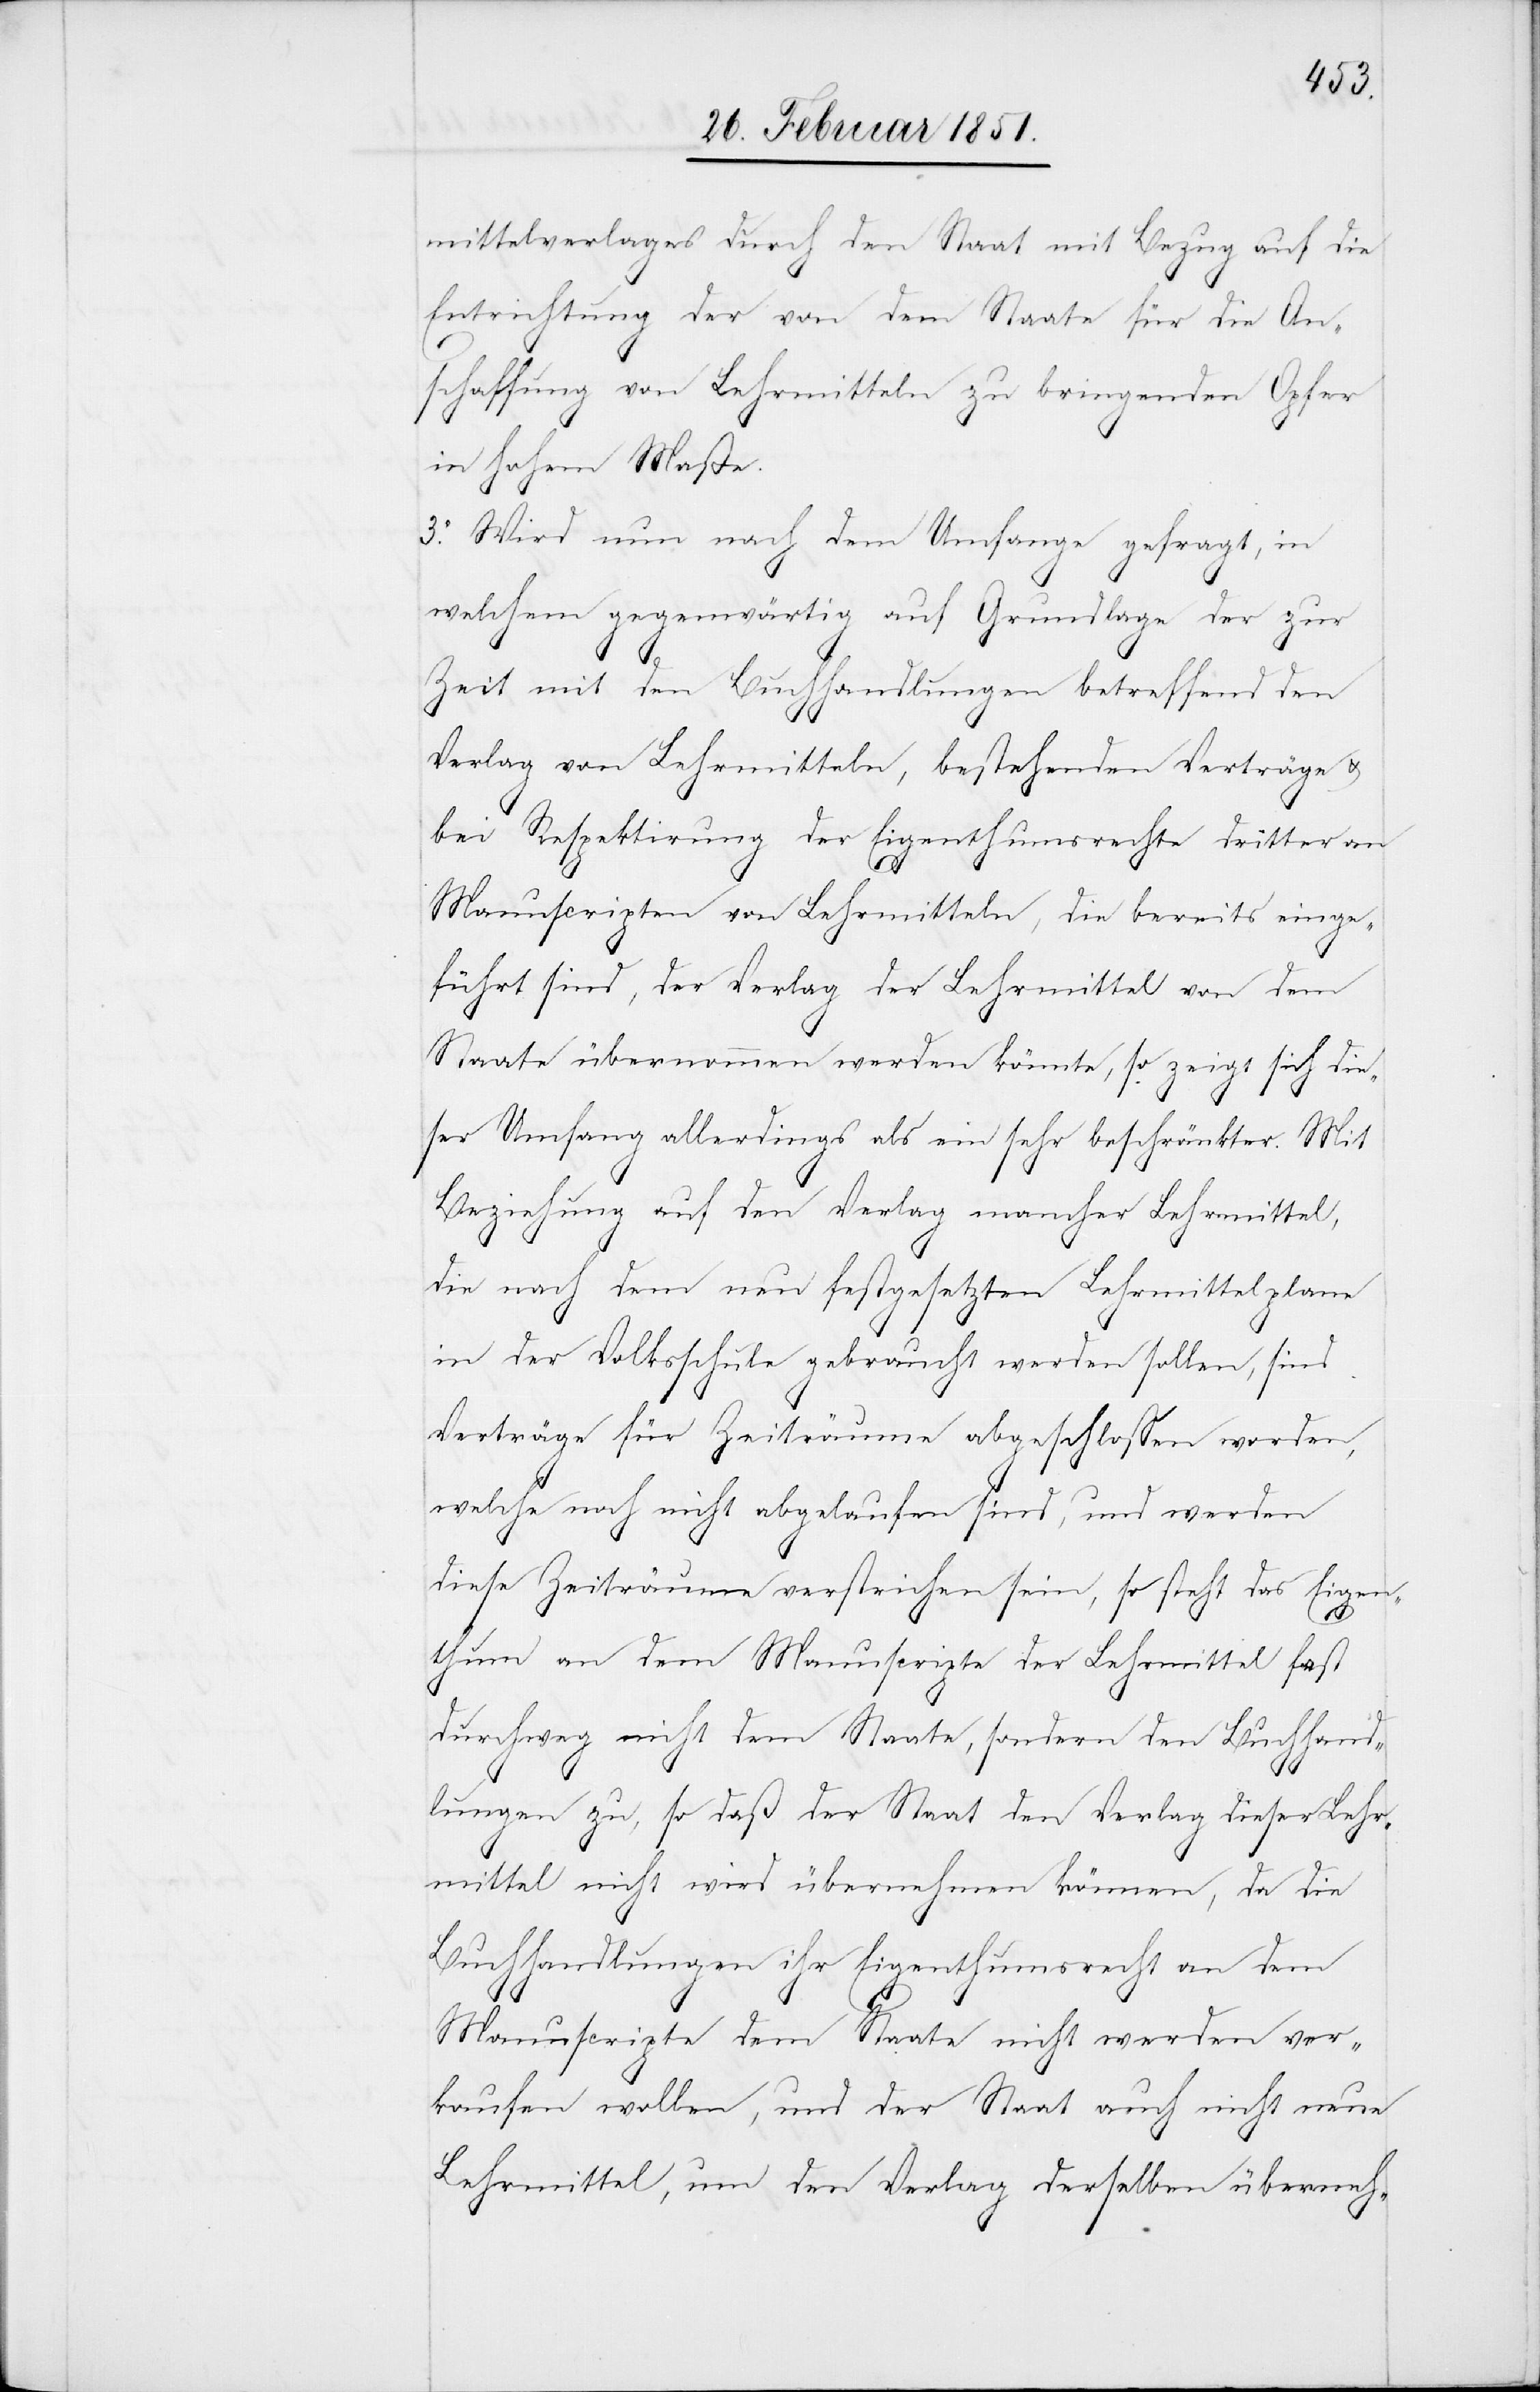
mittelverlages durch den Staat mit Bezug auf die
Entrichtung der von dem Staate für die An¬
schaffung von Lehrmitteln zu bringenden Opfer
in hohem Maße.
3.[)] Wird nun nach dem Umfange gefragt, in
welchem gegenwärtig auf Grundlage der zur
Zeit mit den Buchhandlungen betreffend den
Verlag von Lehrmitteln, bestehenden Verträge &
bei Respektirung der Eigenthumsrechte dritter an
Manuscripten von Lehrmitteln, die bereits einge¬
führt sind, der Verlag der Lehrmittel von dem
Staate übernommen werden könnte, so zeigt sich die¬
ser Umfang allerdings als ein sehr beschränkter. Mit
Beziehung auf den Verlag mancher Lehrmittel,
die nach dem neu festgesetzten Lehrmittelplane
in der Volksschule gebraucht werden sollen, sind
Verträge für Zeiträume abgeschlossen worden,
welche noch nicht abgelaufen sind, und werden
diese Zeiträume verstrichen sein, so steht das Eigen¬
thum an dem Manuscripte der Lehrmittel fast
durchweg nicht dem Staate, sondern den Buchhand¬
lungen zu, so daß der Staat den Verlag dieser Lehr¬
mittel nicht wird übernehmen können, da die
Buchhandlungen ihr Eigenthumsrecht an dem
Manuscripte dem Staate nicht werden ver¬
kaufen wollen, und der Staat auch nicht neue
Lehrmittel, um den Verlag derselben überneh-